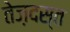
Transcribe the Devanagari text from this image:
तेज़दस्त